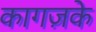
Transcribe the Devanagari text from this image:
कागज़के